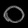
Digit: ၀